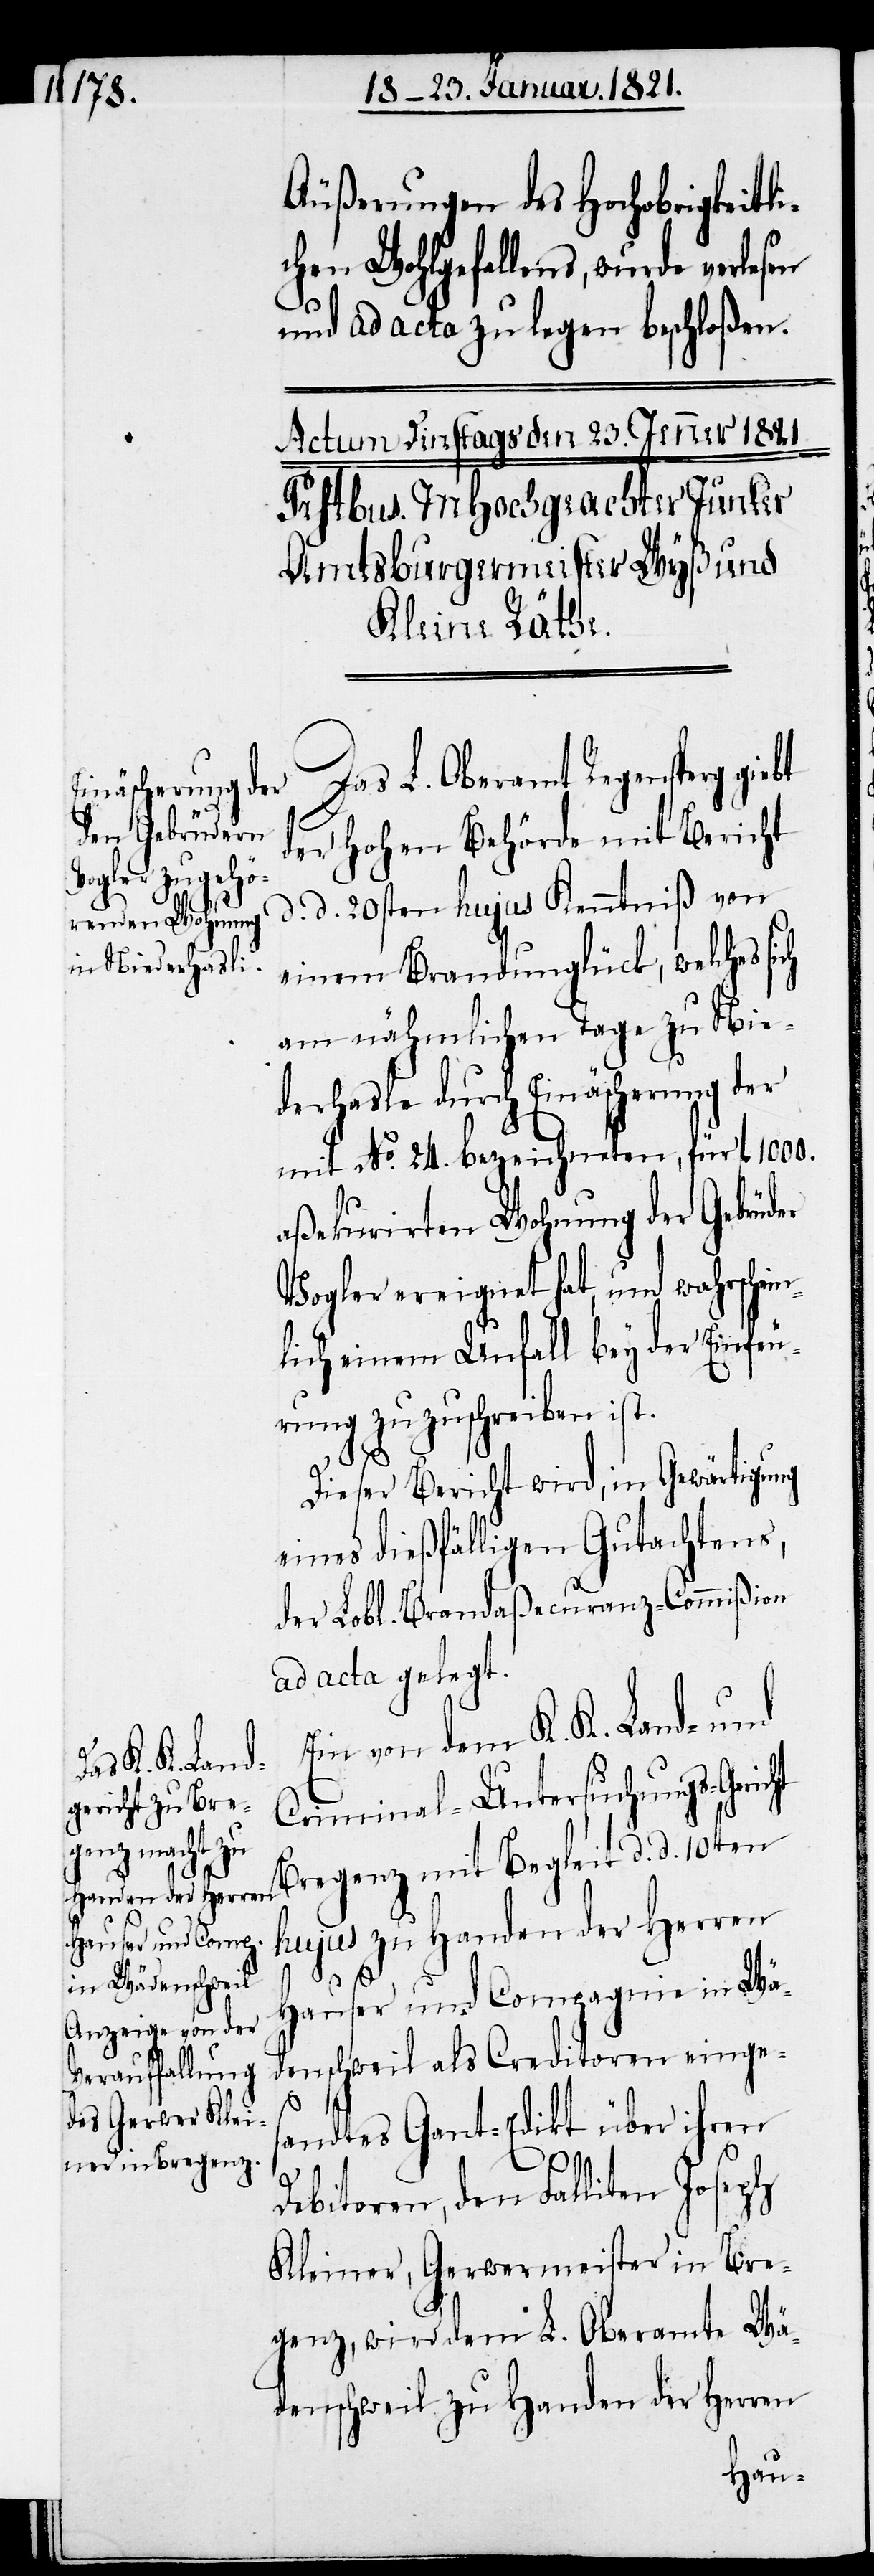
Äußerungen des Hochobrigkeitli¬
chen Wohlgefallens, wurde verlesen
und ad acta zu legen beschloßen.
der hohen Behörde mit Bericht
d. d. 20sten hujus Kenntniß von
einem Brandunglück, welches
am nähmlichen Tage zu Nie¬
derhasle durch Einäscherung der
mit No. 24 bezeichneten, für fl. 1000.
aßekurirten Wohnung der Gebrüder
Vogler ereignet hat, und wahrschein¬
lich einem Unfall bey der Einfeu¬
rung zuzuschreiben ist.
Dieser Bericht wird, in Gewärtigung
eines dießfälligen Gutachtens,
der Lobl. Brandaßecuranz-Commißion
ad acta gelegt.
Ein von dem K. K. Land- und
Das L. Oberamt
Criminal-Untersuchungs-Geric¬
Bregenz mit Begleit d. d. 10ten
hujus zu Handen der Herren
Hauser und Compagnie in Wä¬
denschweil als Creditoren einges¬
andtes Gant-Edikt über ihren
ht
Debitoren, den Falliten Joseph
Kleiner, Gerwermeister in Bre¬
genz, wird dem L. Oberamte Wä¬
denschweil zu Handen der Herren